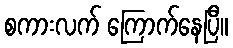
စကားလက် ကြောက်နေပြီ။